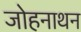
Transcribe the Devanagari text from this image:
जोहनाथन